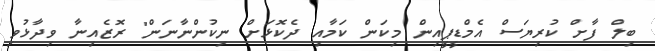
ބިލް ފާށް ކުރިޔަސް އެމްޑީޕީއިން މިކަން ކަމާއި ދެކޮޅަށް ނިކުންނާނަން" ރޮޒެއިނާ ވިދާޅުވި